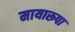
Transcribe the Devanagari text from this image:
मायारूपा